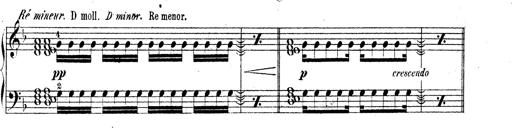
Title: Technische Studien
Composer: Franz Liszt